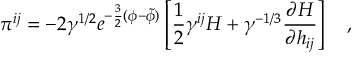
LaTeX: \pi ^ { i j } = - 2 \gamma ^ { 1 / 2 } e ^ { - \frac { 3 } { 2 } ( \phi - \tilde { \phi } ) } \left[ \frac { 1 } { 2 } \gamma ^ { i j } H + \gamma ^ { - 1 / 3 } \frac { \partial H } { \partial h _ { i j } } \right] ~ ~ ~ ,